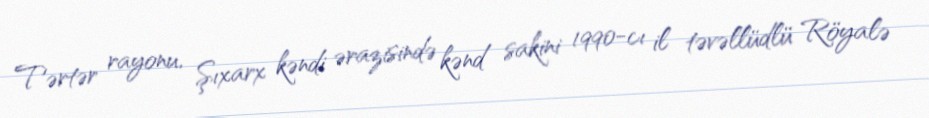
Tərtər rayonu, Şıxarx kəndi ərazisində kənd sakini 1990-cı il təvəllüdlü Röyalə